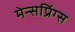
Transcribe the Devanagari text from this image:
मेन्सप्रिंग्स